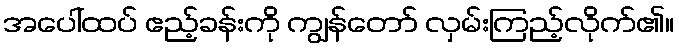
အပေါ်ထပ် ဧည့်ခန်းကို ကျွန်တော် လှမ်းကြည့်လိုက်၏။